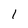
Character: 1